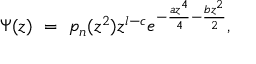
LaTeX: \Psi ( z ) \ = \ p _ { n } ( z ^ { 2 } ) z ^ { l - c } e ^ { - { \frac { a z ^ { 4 } } { 4 } } - { \frac { b z ^ { 2 } } { 2 } } } ,